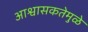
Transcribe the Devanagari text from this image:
आश्वासकतेमुळे